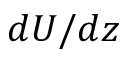
d U / d z